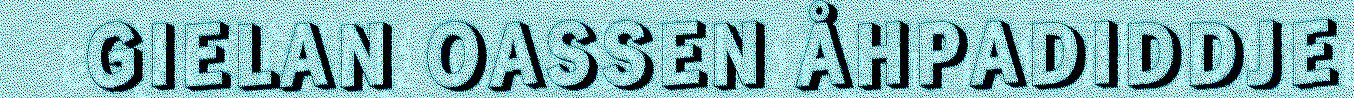
GIELAN OASSEN ÅHPADIDDJE